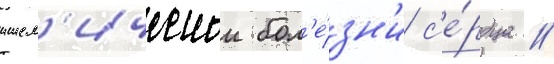
ишем'ическои бол'е́зн'и с'е́рдца //